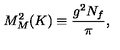
M _ { M } ^ { 2 } ( K ) \equiv \frac { g ^ { 2 } N _ { f } } { \pi } ,